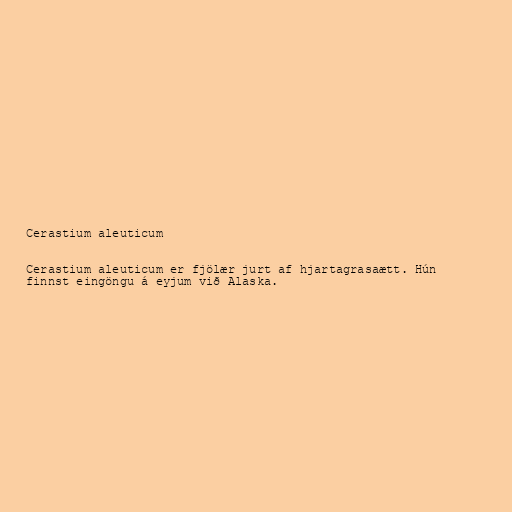
Cerastium aleuticum

Cerastium aleuticum er fjölær jurt af hjartagrasaætt. Hún
finnst eingöngu á eyjum við Alaska.